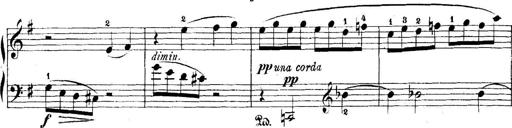
Title: 5 Sonatinas
Composer: Theodor Kirchner